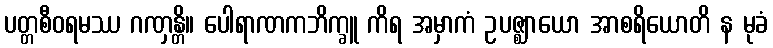
ပတ္တစီဝရမဿ ဂဏှန္တိ။ ပေါရာဏကဘိက္ခူ ကိရ အမှာကံ ဥပဇ္ဈာယော အာစရိယောတိ န မုခံ